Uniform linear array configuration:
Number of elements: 24
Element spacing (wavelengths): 0.75
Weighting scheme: binomial
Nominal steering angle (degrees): -60
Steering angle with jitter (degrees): -59.657
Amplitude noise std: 0.05
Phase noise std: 0.05

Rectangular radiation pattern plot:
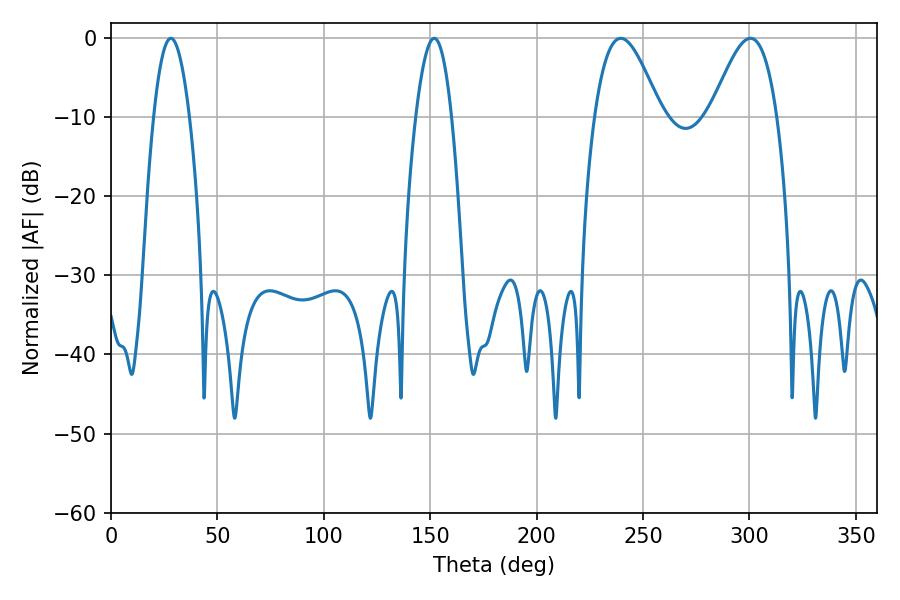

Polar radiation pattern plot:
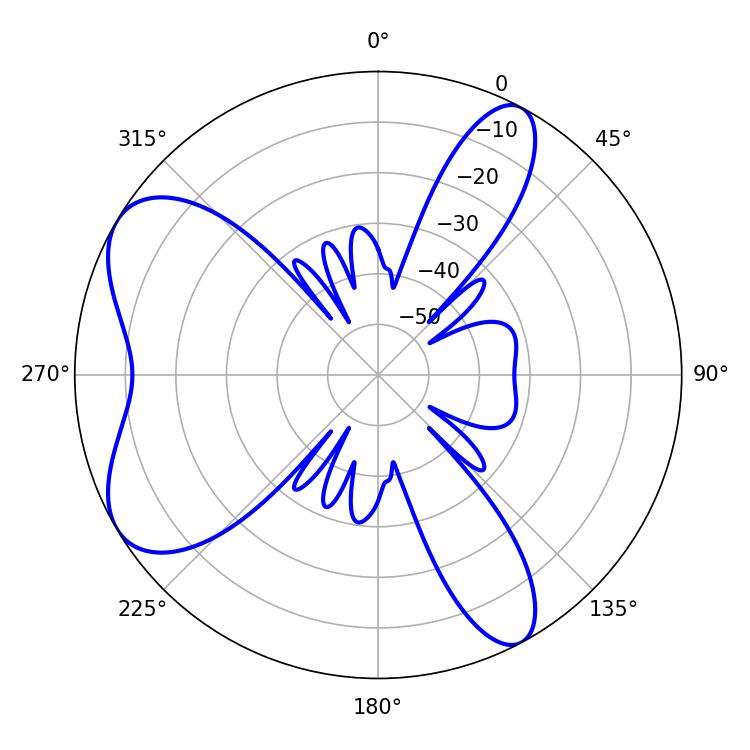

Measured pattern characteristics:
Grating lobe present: TRUE
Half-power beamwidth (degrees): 16.74
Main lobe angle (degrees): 239.58